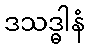
ဒသဒ္ဓါနံ